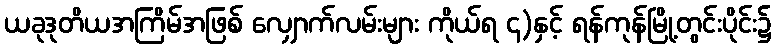
ယခုဒုတိယအကြိမ်အဖြစ် လျှောက်လမ်းများ ကိုယ်ရ ၄)နှင့် ရန်ကုန်မြို့တွင်းပိုင်း၌